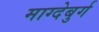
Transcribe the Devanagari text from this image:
माग्देबुर्ग